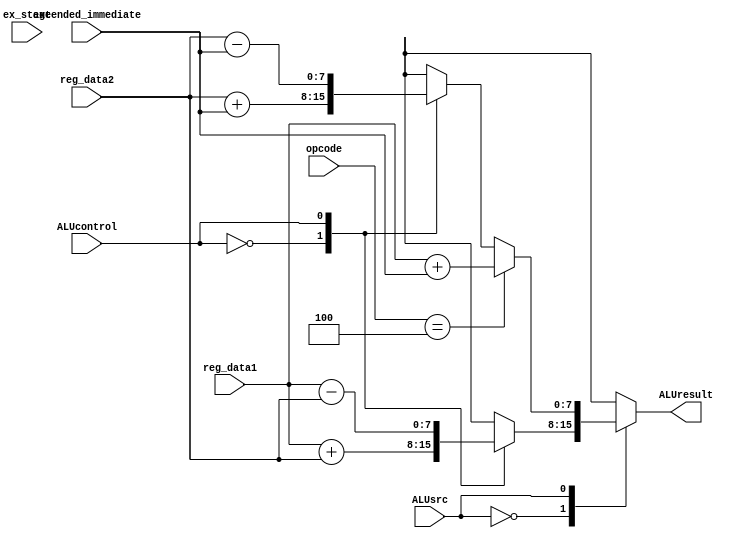
`timescale 1ns / 1ps
module alu_unit(
    input ex_stage,
    input [2:0] opcode,
    input ALUcontrol,
    input ALUsrc, //0- compute with reg_data1 and reg_data2 // 1- compute with reg_data1 and extended_immediate
    input [7:0] reg_data1,
    input [7:0] reg_data2,
    input [7:0] extended_immediate,
    
    output [7:0] ALUresult
    );
    reg [7:0] ALUresult_temp;

    wire [7:0] secondReg;
    
    initial
    begin
        ALUresult_temp = 0;
    end
    
    always @(ex_stage)
    begin
        #5
        case (ALUsrc)
            0: begin /* compute with reg_data1 and reg_data2*/
                    case (ALUcontrol)
                        0: /* addition */ALUresult_temp = reg_data1 + reg_data2;
                        1: /* subtraction */ALUresult_temp = reg_data1 - reg_data2;
                    endcase
               end
            1: begin /* computer with reg_data1 and extended_immediate: sw, lw, or addi*/
                    case(opcode)
                        'b100: begin /* addi: immediate <operation> reg_data1 */
                                    ALUresult_temp = reg_data1 + extended_immediate; // addi will always add
                               end
                               
                        default: begin /* lw or sw: immediate <operation> reg_data2 */
                                    case (ALUcontrol)
                                        0: /* addition */ALUresult_temp = reg_data2 + extended_immediate;
                                        1: /* subtraction */ALUresult_temp = reg_data2 - extended_immediate;
                                    endcase
                                 end
                    endcase
               end
        endcase
    end
    
    assign ALUresult = ALUresult_temp;
    
endmodule